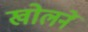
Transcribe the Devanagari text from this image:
खोलनें